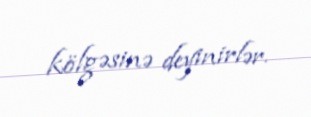
kölgəsinə deyinirlər.